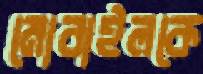
মোবাইলকে